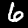
Digit: 6